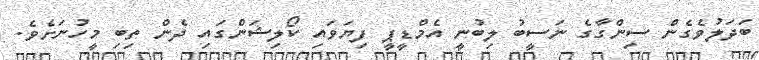
ބަދަލުވެގެން ސިންގާގެ ނަސީބު ލިބުނީ އެމްޑީޕީ ފިޔަވައި ކޯލިޝަންގައި ދެން ތިބި މީހުނަށެވެ.